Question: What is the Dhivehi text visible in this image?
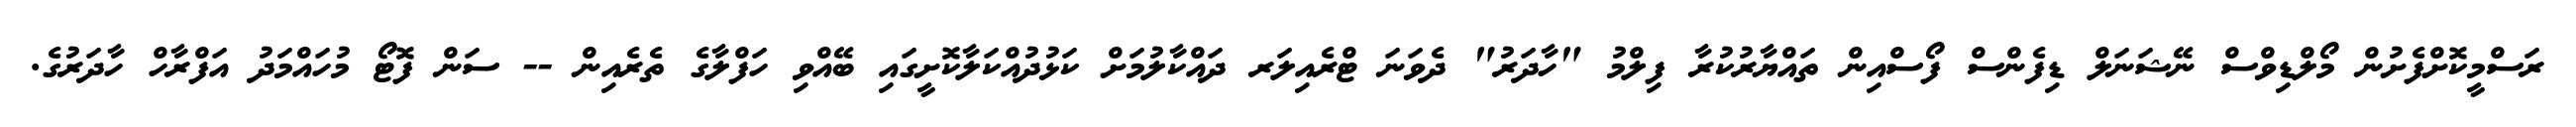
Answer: ރަސްމީކޮށްފެށުން މޯލްޑިވްސް ނޭޝަނަލް ޑިފެންސް ފޯސްއިން ތައްޔާރުކުރާ ފިލްމު "ހާދަރު" ދެވަނަ ޓްރެއިލަރ ދައްކާލުމަށް ކަޅުދުއްކަލާކޮށީގައި ބޭއްވި ހަފްލާގެ ތެރެއިން -- ސަން ފޮޓޯ މުހައްމަދު އަފްރާހް ހާދަރުގެ.